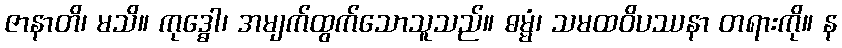
ဇာနာတိ၊ မသိ။ ကုဒ္ဓေါ၊ အမျက်ထွက်သောသူသည်။ ဓမ္မံ၊ သမထဝိပဿနာ တရားကို။ န